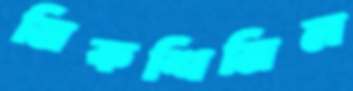
মিকশিমিল